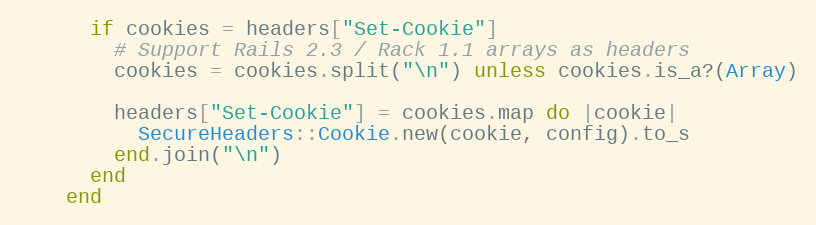
Language: Ruby
      if cookies = headers["Set-Cookie"]
        # Support Rails 2.3 / Rack 1.1 arrays as headers
        cookies = cookies.split("\n") unless cookies.is_a?(Array)

        headers["Set-Cookie"] = cookies.map do |cookie|
          SecureHeaders::Cookie.new(cookie, config).to_s
        end.join("\n")
      end
    end